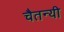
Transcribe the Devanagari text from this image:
चैतन्यी